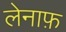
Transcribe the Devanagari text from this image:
लेनाफ़